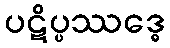
ပဋိပ္ပဿဒ္ဓေ